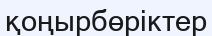
қоңырбөріктер